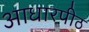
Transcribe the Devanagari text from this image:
आधारपीठ